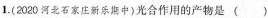
1.(2020河北石家庄新乐期中)光合作用的产物是（）